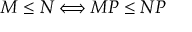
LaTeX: M \leq N \Longleftrightarrow M P \leq N P